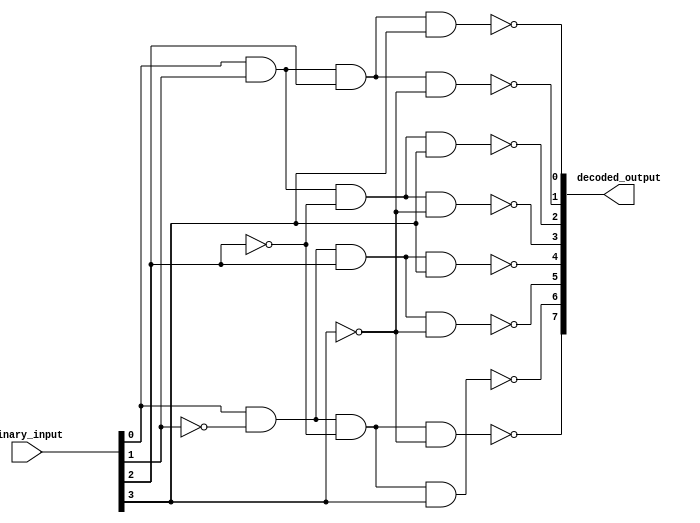
module Decoder(input [3:0] binary_input, output [7:0] decoded_output);

   assign decoded_output[0] = ~(binary_input[0] & binary_input[1] & binary_input[2] & binary_input[3]);
   assign decoded_output[1] = ~(binary_input[0] & binary_input[1] & binary_input[2] & ~binary_input[3]);
   assign decoded_output[2] = ~(binary_input[0] & binary_input[1] & ~binary_input[2] & binary_input[3]);
   assign decoded_output[3] = ~(binary_input[0] & binary_input[1] & ~binary_input[2] & ~binary_input[3]);
   assign decoded_output[4] = ~(binary_input[0] & ~binary_input[1] & binary_input[2] & binary_input[3]);
   assign decoded_output[5] = ~(binary_input[0] & ~binary_input[1] & binary_input[2] & ~binary_input[3]);
   assign decoded_output[6] = ~(binary_input[0] & ~binary_input[1] & ~binary_input[2] & binary_input[3]);
   assign decoded_output[7] = ~(binary_input[0] & ~binary_input[1] & ~binary_input[2] & ~binary_input[3]);

endmodule